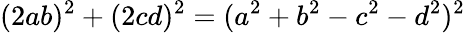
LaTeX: (2ab)^{2}+(2cd)^{2}=(a^{2}+b^{2}-c^{2}-d^{2})^{2}